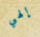
إلهي